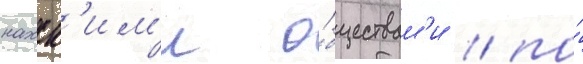
нахск'им'и о́бществам'и / по́